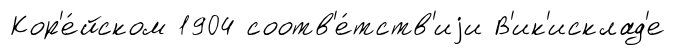
Кор'е́йском 1904 соотв'е́тств'иjи В'ик'исклад'е